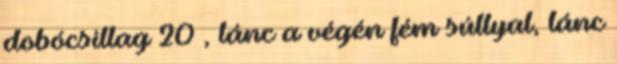
dobócsillag 20 , lánc a végén fém súllyal, lánc